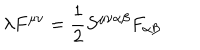
LaTeX: \lambda F ^ { \mu \nu } = \frac { 1 } { 2 } S ^ { \mu \nu \alpha \beta } F _ { \alpha \beta }